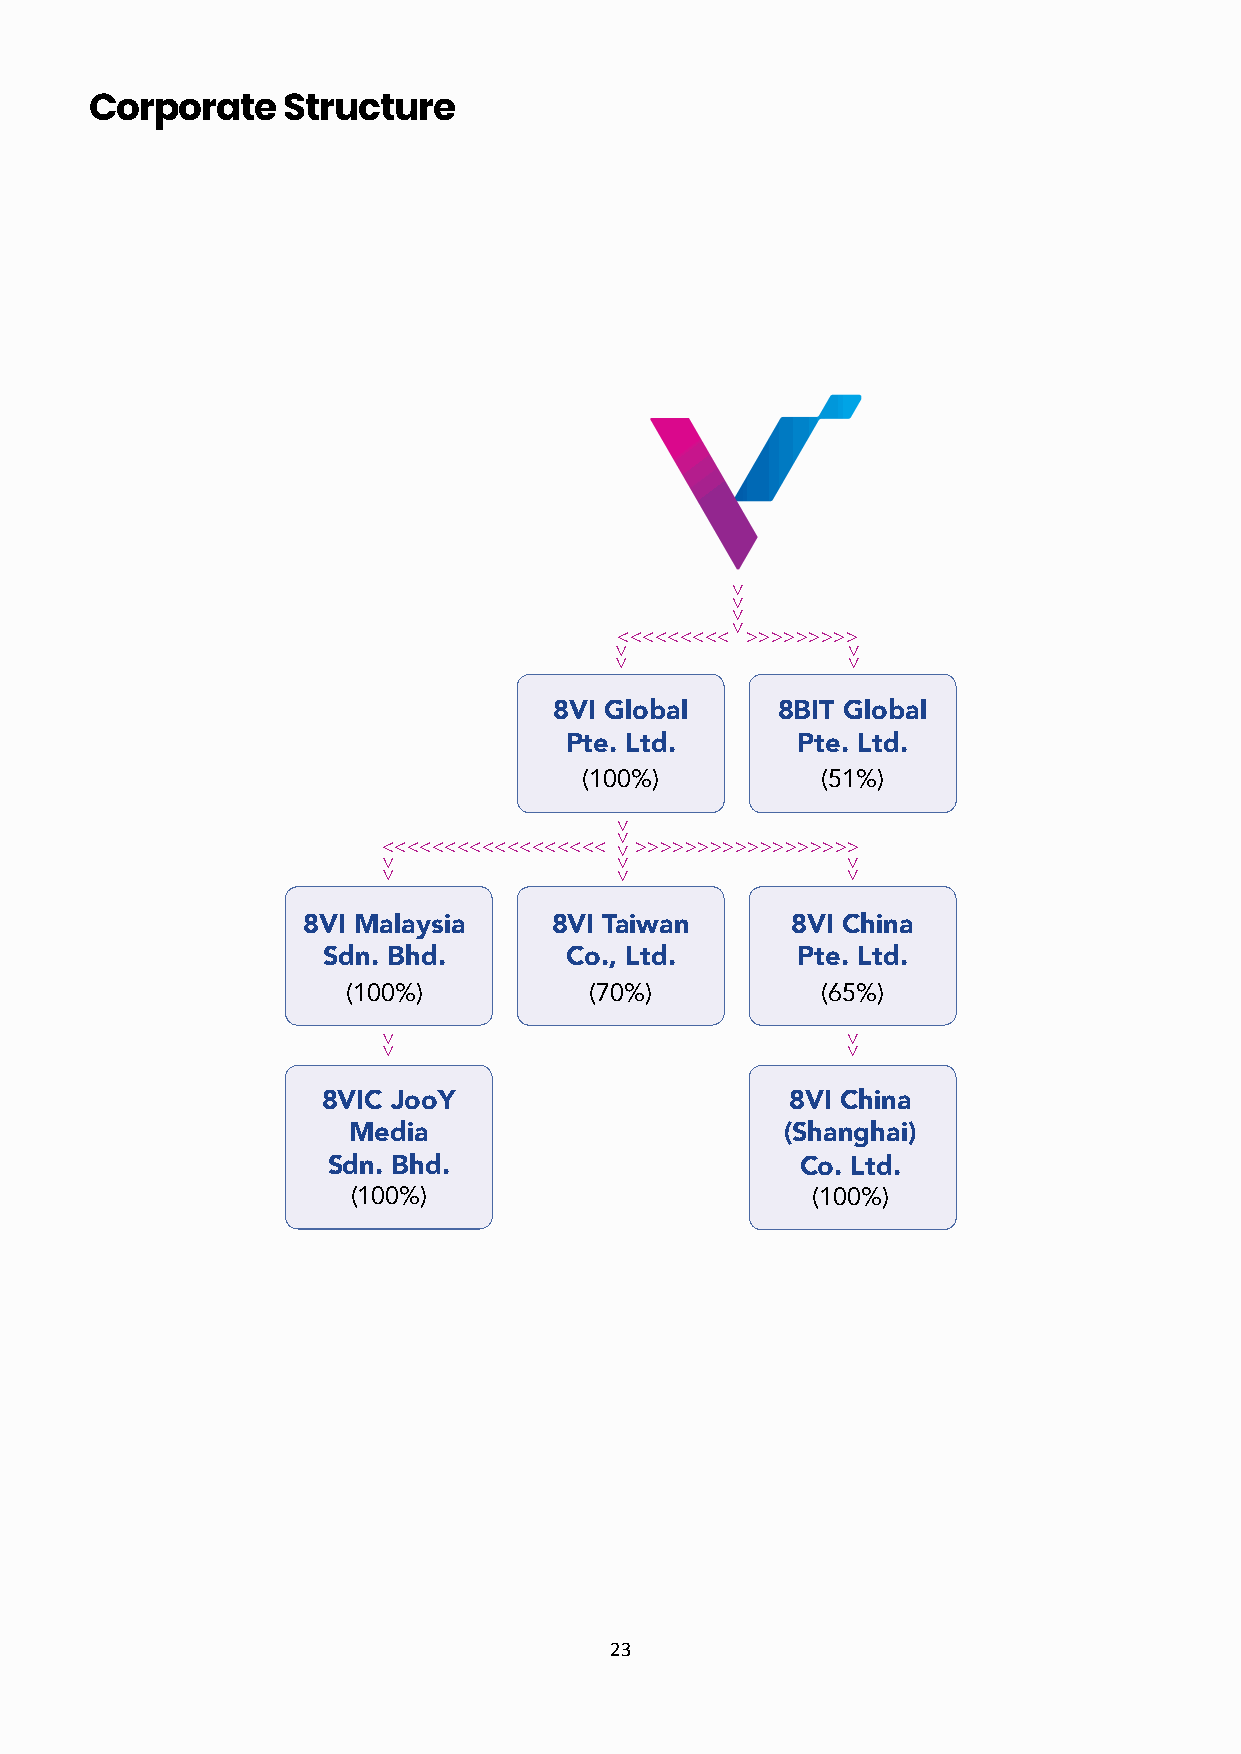
Corporate    Structure
 >>>>>>>>>
 8VI Global     8BIT Global
 Pte. Ltd.       Pte. Ltd.
 (100%)         (51%)
 >>>>>>>>>>>>>>>>>>
 8VI Malaysia    8VI Taiwan      8VI China
 Sdn. Bhd.       Co., Ltd.       Pte. Ltd.
 (100%)          (70%)          (65%)
 8VIC JooY                      8VI China
 Media                        (Shanghai)
 Sdn. Bhd.                      Co. Ltd.
 (100%)                         (100%)
 23
 >>>
 >>
 > > > > > > > > > > > > > > > > >
 >>>
 >>>>>
 > > > > > > > >
 >>>>
 >>
 >>
 >>